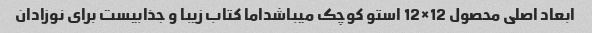
ابعاد اصلی محصول 12×12 استو کوچک میباشداما کتاب زیبا و جذابیست برای نوزادان